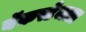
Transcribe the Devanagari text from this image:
बॅकस्टेजला